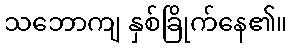
သဘောကျ နှစ်ခြိုက်နေ၏။